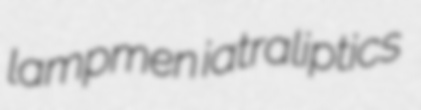
lampmen iatraliptics